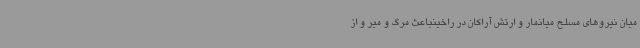
میان نیروهای مسلح میانمار و ارتش آراکان در راخینباعث مرگ و میر و از